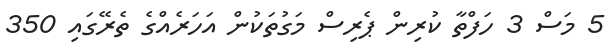
5 މަސް 3 ހަފްތާ ކުރިން ޕެރިސް މަގުތަކުން އަހަރެއްގެ ތެރޭގައި 350